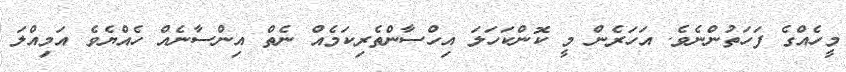
މީހެއްގެ ފަހަތުންނެވެ. އަހަރެން މީ ކޮންކަހަލަ އިހްސާންތެރިކަމެއް ނެތް އިންސާނެއް ހެއްޔެވެ އަމިއްލަ